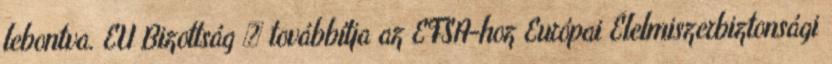
lebontva. EU Bizottság  továbbítja az EFSA-hoz Európai Élelmiszerbiztonsági